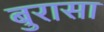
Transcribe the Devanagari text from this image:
बुरासा